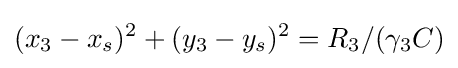
(x_{3}-x_{s})^{2}+(y_{3}-y_{s})^{2}=R_{3}/(\gamma _{3}C)